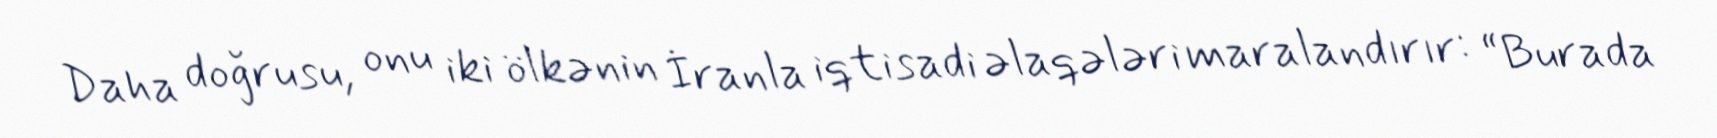
Daha doğrusu, onu iki ölkənin İranla iqtisadi əlaqələri maralandırır: “Burada